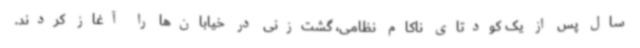
سال پس از یک کودتای ناکام نظامی، گشت‌زنی در خیابان‌ها را آغاز کردند.